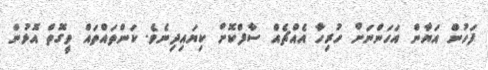
ފަހުން އަޔާން އަހަންނަށް ހުރިހާ އެއްޗެއް ސާފްކޮށް ކިޔައިދިނެވެ. ކަންތައްތައް ވީގޮތް އޮޅުން